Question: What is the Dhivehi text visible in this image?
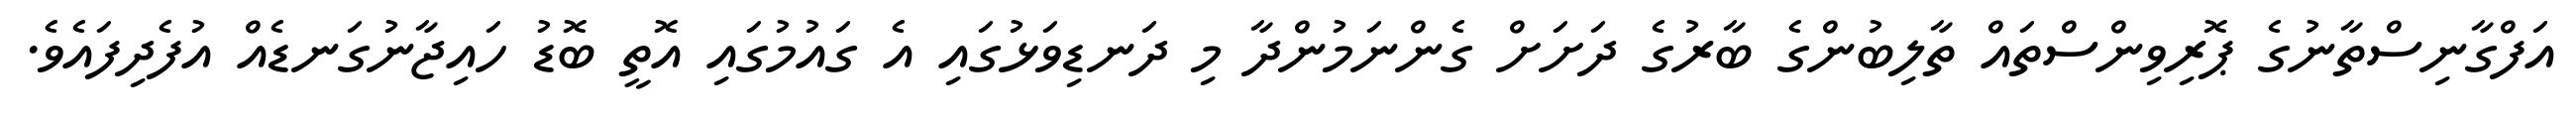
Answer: އަފްގާނިސްތާނުގެ ޕޮރިވިންސްތައް ތާލިބުންގެ ބާރުގެ ދަށަށް ގެންނަމުންދާ މި ދަނޑިވަޅުގައި އެ ގައުމުގައި އޮތީ ބޮޑު ހައިޖާނުގަނޑެއް އުފެދިފައެވެ.